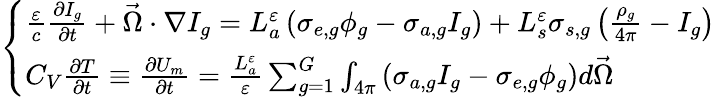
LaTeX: \left\{ \begin{array}{l}{{\frac{\varepsilon}{c}\frac{\partial I_{g}}{\partial t}+\vec{\Omega}\cdot\nabla I_{g}=L_{a}^{\varepsilon}\left(\sigma_{e,g}\phi_{g}-\sigma_{a,g}I_{g}\right)+L_{s}^{\varepsilon}\sigma_{s,g}\left(\frac{\rho_{g}}{4\pi}-I_{g}\right)}}\\ {{C_{V}\frac{\partial T}{\partial t}\equiv\frac{\partial U_{m}}{\partial t}=\frac{L_{a}^{\varepsilon}}{\varepsilon}\sum_{g=1}^{G}\int_{4\pi}\left(\sigma_{a,g}I_{g}-\sigma_{e,g}\phi_{g}\right)d\vec{\Omega}}}\end{array}\right.